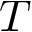
T